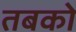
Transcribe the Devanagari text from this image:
तबको